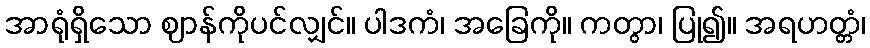
အာရုံရှိသော ဈာန်ကိုပင်လျှင်။ ပါဒကံ၊ အခြေကို။ ကတွာ၊ ပြု၍။ အရဟတ္တံ၊